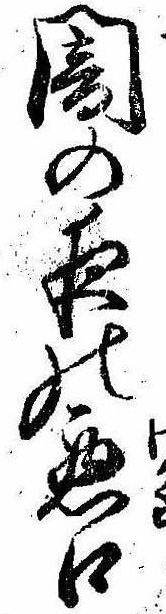
闇の夜の悪口